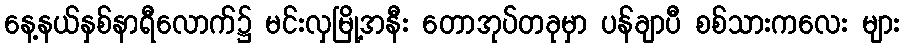
နေ့နယ်နှစ်နာရီလောက်၌ မင်းလှမြို့အနီး တောအုပ်တခုမှာ ပန်ချာပီ စစ်သားကလေး များ